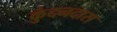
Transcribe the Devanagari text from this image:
कुंदनदास